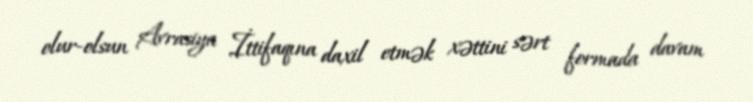
olur-olsun Avrasiya İttifaqına daxil etmək xəttini sərt formada davam